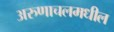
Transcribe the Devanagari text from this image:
अरुणाचलमधील